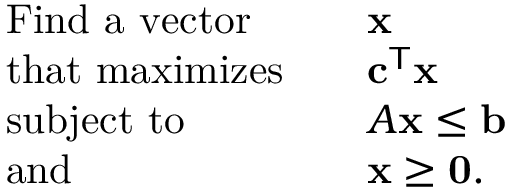
{ \begin{array} { r l r l } & { { \mathrm { F i n d ~ a ~ v e c t o r } } } & & { \mathbf { x } } \\ & { { \mathrm { t h a t ~ m a x i m i z e s } } } & & { \mathbf { c } ^ { \mathsf { T } } \mathbf { x } } \\ & { { \mathrm { s u b j e c t ~ t o } } } & & { A \mathbf { x } \leq \mathbf { b } } \\ & { { \mathrm { a n d } } } & & { \mathbf { x } \geq \mathbf { 0 } . } \end{array} }